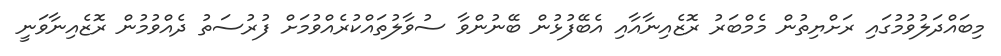
މިބައްދަލުވުމުގައި ރަށްޔިތުން މެމްބަރު ރޮޒެއިނާއާއި އެބޭފުޅުން ބޭނުންވާ ސުވާލުތައްކުރެއްވުމަށް ފުރުސަތު ދެއްވުމުން ރޮޒެއިނާވަނީ